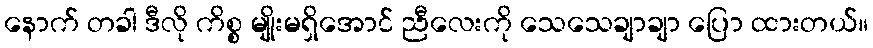
နောက် တခါ ဒီလို ကိစ္စ မျိုးမရှိအောင် ညီလေးကို သေသေချာချာ ပြော ထားတယ်။